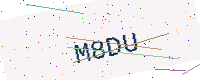
Text: M8DU